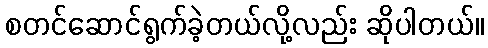
စတင်ဆောင်ရွက်ခဲ့တယ်လို့လည်း ဆိုပါတယ်။